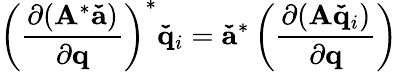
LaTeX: \left(\frac{\partial(\mathbf{A}^{*}\mathbf{\check{a}})}{\partial\mathbf{q}}\right)^{*}\mathbf{\check{q}}_{i}=\mathbf{\check{a}}^{*}\left(\frac{\partial(\mathbf{A}\mathbf{\check{q}}_{i})}{\partial\mathbf{q}}\right)